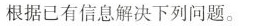
根据已有信息解决下列问题。